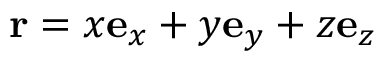
\mathbf { r } = x \mathbf { e } _ { x } + y \mathbf { e } _ { y } + z \mathbf { e } _ { z }